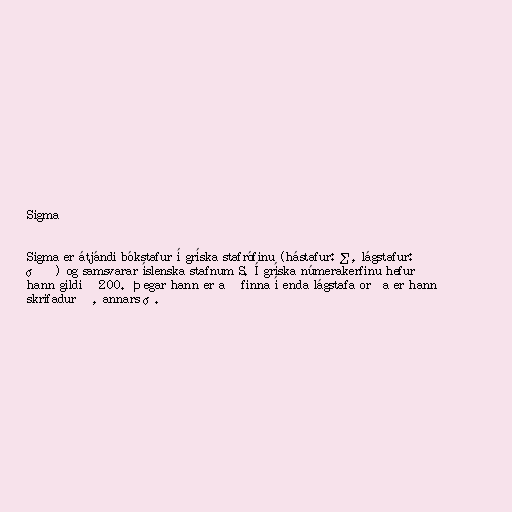
Sigma

Sigma er átjándi bókstafur í gríska stafrófinu (hástafur: Σ, lágstafur:
σ ϛ) og samsvarar íslenska stafnum S. Í gríska númerakerfinu hefur
hann gildið 200. Þegar hann er að finna í enda lágstafa orða er hann
skrifadur ϛ, annars σ.